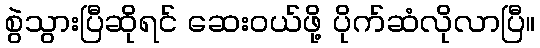
စွဲသွားပြီဆိုရင် ဆေးဝယ်ဖို့ ပိုက်ဆံလိုလာပြီ။